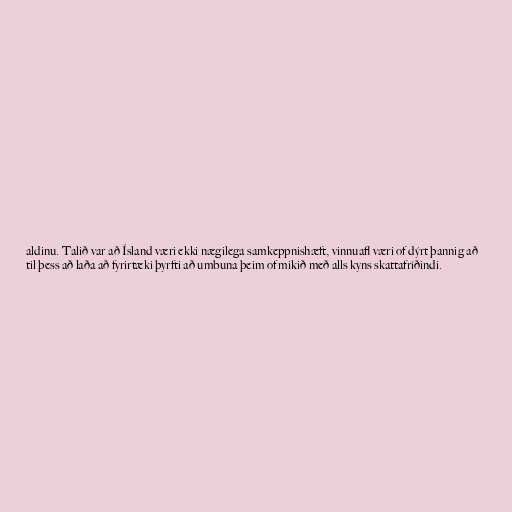
aldinu. Talið var að Ísland væri ekki nægilega samkeppnishæft, vinnuafl væri of dýrt þannig að
til þess að laða að fyrirtæki þyrfti að umbuna þeim of mikið með alls kyns skattafríðindi.